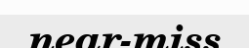
near-miss